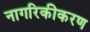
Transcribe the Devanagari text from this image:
नागरिकीकरण